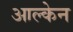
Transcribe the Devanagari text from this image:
आल्केन